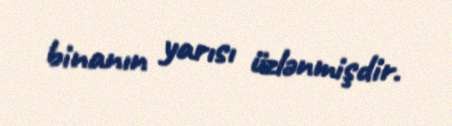
binanın yarısı üzlənmişdir.